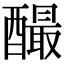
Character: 𨣅